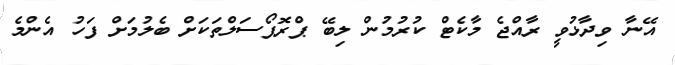
އޭނާ ވިދާޅުވީ ރާއްޖެ މާކެޓް ކުރުމުން ލިބޭ ޕްރޮޕޯސަލްތަކަށް ބެލުމަށް ފަހު އެންމެ